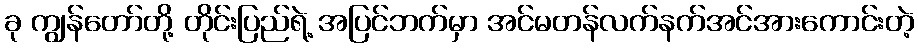
ခု ကျွန်တော်တို့ တိုင်းပြည်ရဲ့ အပြင်ဘက်မှာ အင်မတန်လက်နက်အင်အားကောင်းတဲ့